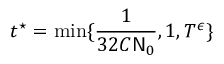
t ^ { \star } = \displaystyle \operatorname* { m i n } \{ \frac { 1 } { 3 2 C \mathsf { N } _ { 0 } } , 1 , T ^ { \epsilon } \}